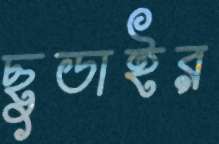
ছুডাইর